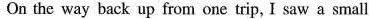
On the way back up from one trip, I saw a small